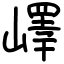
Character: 嶧